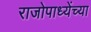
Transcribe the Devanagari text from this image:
राजोपाध्येंच्या